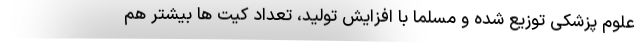
علوم پزشکی توزیع شده و مسلما با افزایش تولید، تعداد کیت ها بیشتر هم